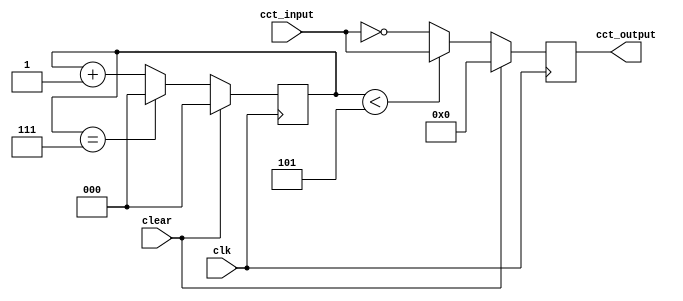
module student_circuit_Q1 (
          input clk, clear,
          input [7:0] cct_input,
	  output reg [7:0] cct_output
			 );

reg [2:0] count;
			 
always @ (posedge clk)
if (clear == 1'b1 ) cct_output = 8'd0;
else if (count < 3'd5 ) cct_output = cct_input;
else cct_output = ~cct_input;

always @ (posedge clk)
if (clear == 1'b1) count = 3'b000; 
else if (count == 3'b111) count = 3'b000;
else count = count + 3'b001;

endmodule